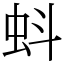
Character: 蚪